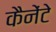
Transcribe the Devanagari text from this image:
कैनेंटे